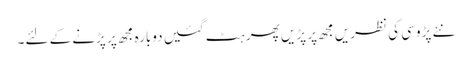
نئے پڑوسی کی نظریں مجھ پر پڑیں پھر ہٹ گئیں دوبارہ مجھ پر پڑنے کے لئے۔